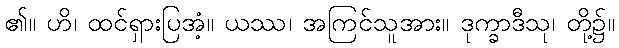
၏။ ဟိ၊ ထင်ရှားပြအံ့။ ယဿ၊ အကြင်သူအား။ ဒုက္ခာဒီသု၊ တို့၌။